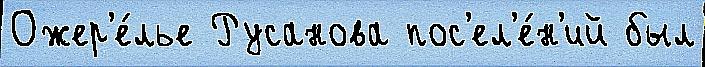
Ожер'е́лье Русанова пос'ел'е́н'ий был